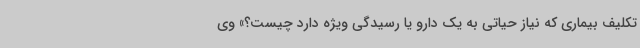
تکلیف بیماری که نیاز حیاتی به یک دارو یا رسیدگی ویژه دارد چیست؟» وی